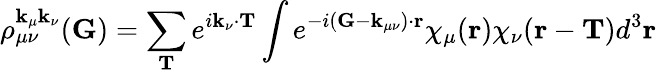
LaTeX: \rho_{\mu\nu}^{\mathbf{k}_{\mu}\mathbf{k}_{\nu}}(\mathbf{G})=\sum_{\mathbf{T}}e^{i\mathbf{k}_{\nu}\cdot\mathbf{T}}\int e^{-i(\mathbf{G}-\mathbf{k}_{\mu\nu})\cdot\mathbf{r}}\chi_{\mu}(\mathbf{r})\chi_{\nu}(\mathbf{r}-\mathbf{T})d^{3}\mathbf{r}